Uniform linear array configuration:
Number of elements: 64
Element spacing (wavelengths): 0.25
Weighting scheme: kaiser
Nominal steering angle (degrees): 30
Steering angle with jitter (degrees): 29.708
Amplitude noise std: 0.05
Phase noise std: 0.05

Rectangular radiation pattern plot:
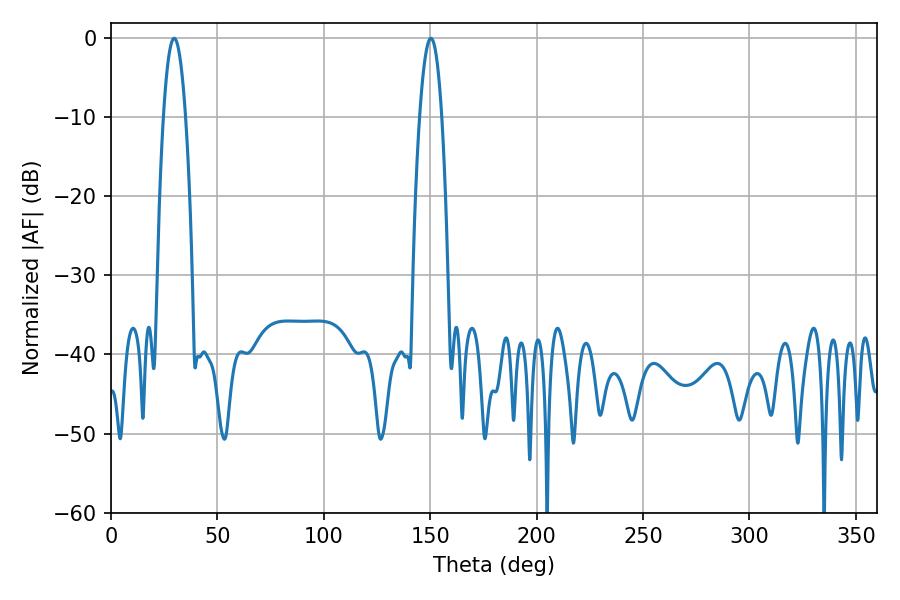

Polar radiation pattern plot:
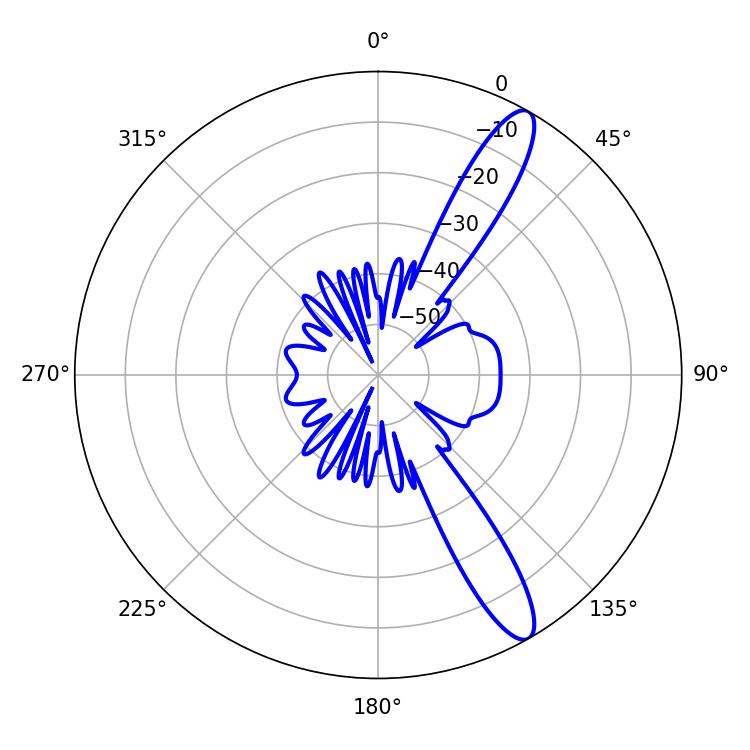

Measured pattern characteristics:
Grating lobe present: FALSE
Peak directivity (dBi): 12.702
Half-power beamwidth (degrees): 5.76
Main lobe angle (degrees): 150.3